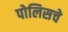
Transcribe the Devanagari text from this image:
पोलिसचे